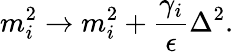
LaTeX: m_{i}^{2}\rightarrow m_{i}^{2}+\frac{\gamma_{i}}{\epsilon}\Delta^{2}.